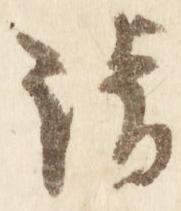
清